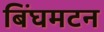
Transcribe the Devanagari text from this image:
बिंघमटन